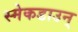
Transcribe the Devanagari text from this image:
स्मेकडाउन्